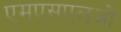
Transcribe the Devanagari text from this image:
एमएसएलओ